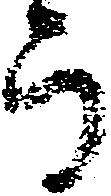
而